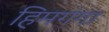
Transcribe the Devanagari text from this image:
हिमगंगा